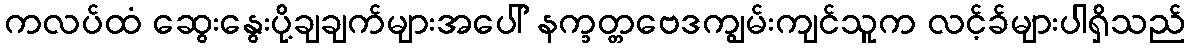
ကလပ်ထံ ဆွေးနွေးပို့ချချက်များအပေါ် နက္ခတ္တဗေဒကျွမ်းကျင်သူက လင့်ခ်များပါရှိသည်